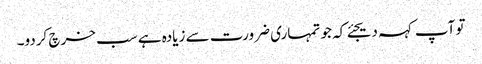
تو آپ کہہ دیجئے کہ جو تمہاری ضرورت سے زیادہ ہے سب خرچ کردو۔